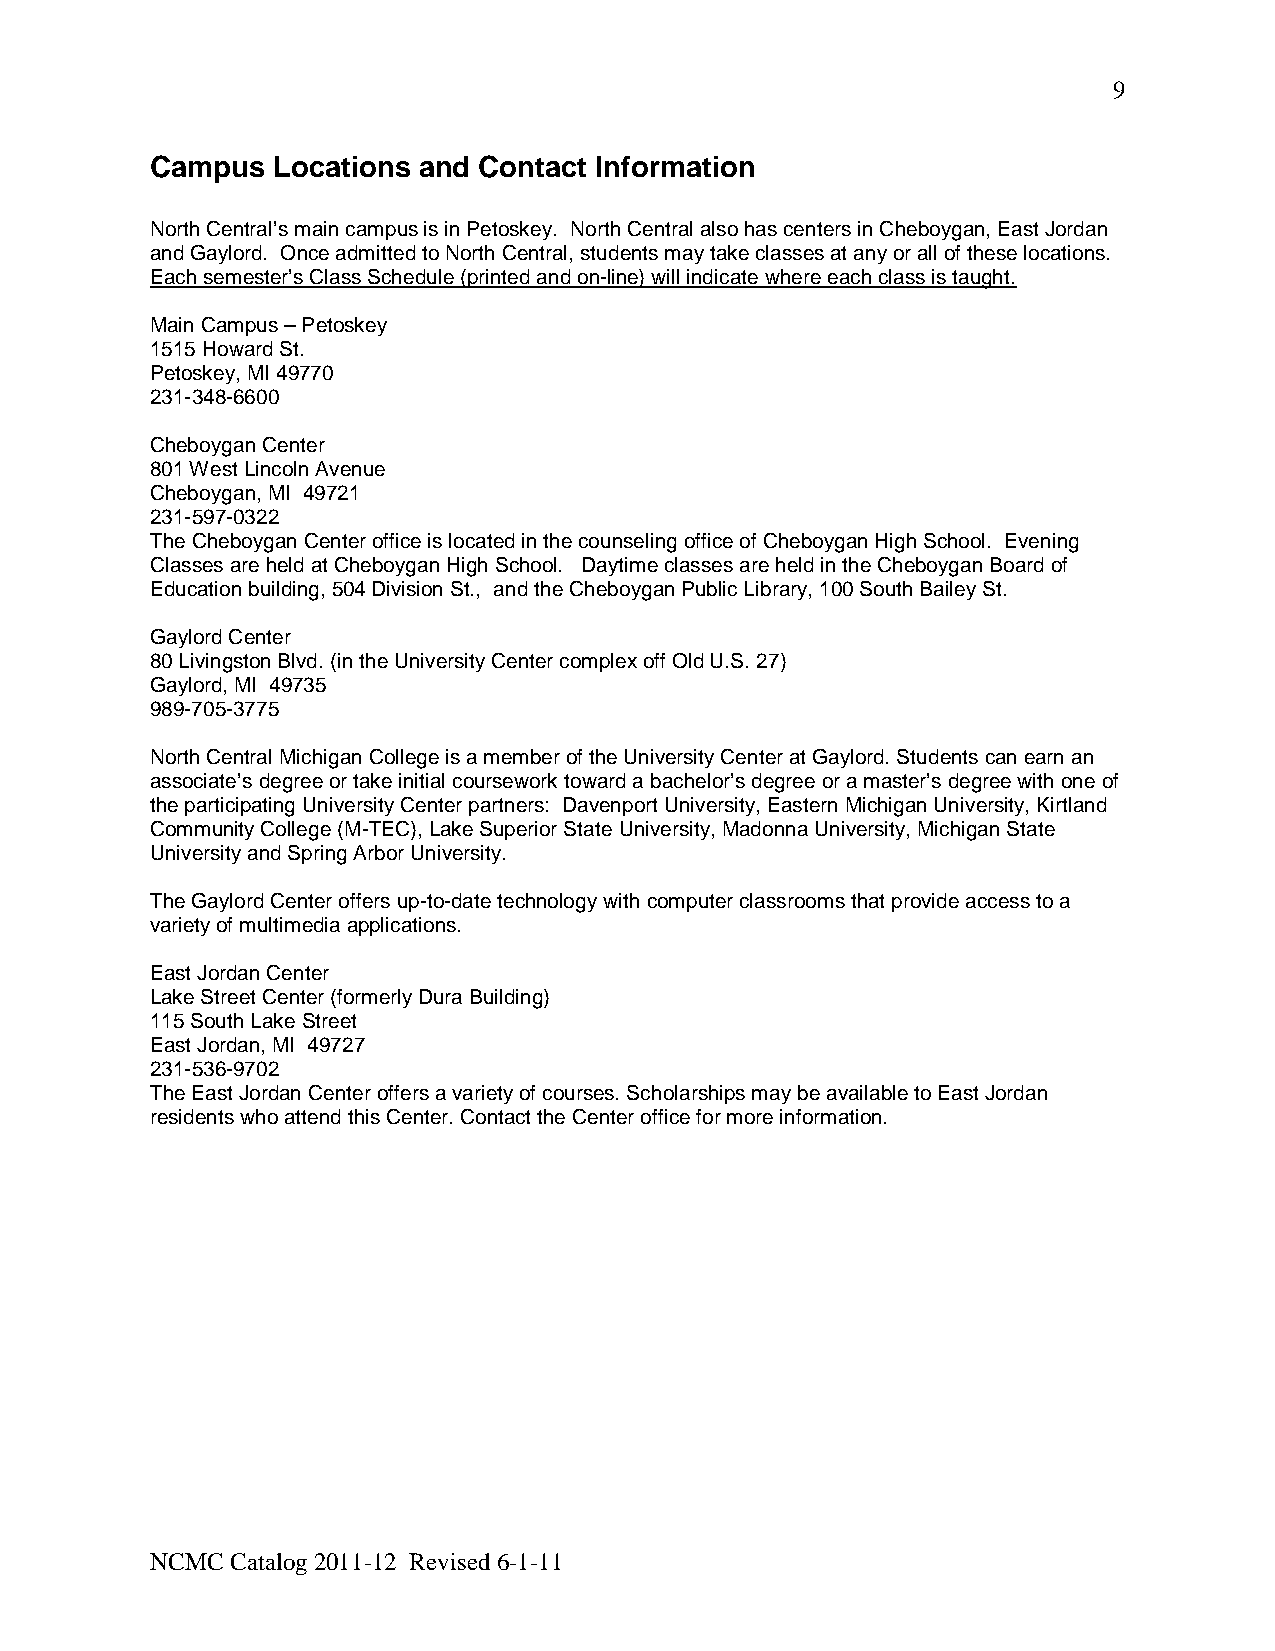
9
 Campus  Locations and Contact Information
 North Central’s main campus is in Petoskey. North Central also has centers in Cheboygan, East Jordan
 and Gaylord. Once admitted to North Central, students may take classes at any or all of these locations.
 Each semester’s Class Schedule (printed and on-line) will indicate where each class is taught.
 Main Campus – Petoskey
 1515 Howard St.
 Petoskey, MI 49770
 231-348-6600
 Cheboygan Center
 801 West Lincoln Avenue
 Cheboygan, MI 49721
 231-597-0322
 The Cheboygan Center office is located in the counseling office of Cheboygan High School. Evening
 Classes are held at Cheboygan High School. Daytime classes are held in the Cheboygan Board of
 Education building, 504 Division St., and the Cheboygan Public Library, 100 South Bailey St.
 Gaylord Center
 80 Livingston Blvd. (in the University Center complex off Old U.S. 27)
 Gaylord, MI 49735
 989-705-3775
 North Central Michigan College is a member of the University Center at Gaylord. Students can earn an
 associate’s degree or take initial coursework toward a bachelor’s degree or a master’s degree with one of
 the participating University Center partners: Davenport University, Eastern Michigan University, Kirtland
 Community College (M-TEC), Lake Superior State University, Madonna University, Michigan State
 University and Spring Arbor University.
 The Gaylord Center offers up-to-date technology with computer classrooms that provide access to a
 variety of multimedia applications.
 East Jordan Center
 Lake Street Center (formerly Dura Building)
 115 South Lake Street
 East Jordan, MI 49727
 231-536-9702
 The East Jordan Center offers a variety of courses. Scholarships may be available to East Jordan
 residents who attend this Center. Contact the Center office for more information.
 NCMC Catalog 2011-12 Revised 6-1-11